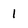
Character: 1